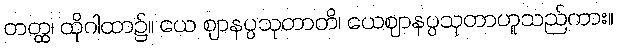
တတ္ထ၊ ထိုဂါထာ၌။ ယေ ဈာနပ္ပသုတာတိ၊ ယေဈာနပ္ပသုတာဟူသည်ကား။